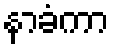
နာခံကာ